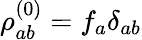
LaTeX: \rho_{ab}^{(0)}=f_{a}\delta_{ab}